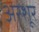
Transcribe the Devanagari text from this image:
अरशूर